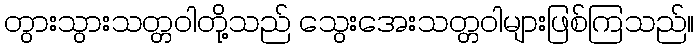
တွားသွားသတ္တဝါတို့သည် သွေးအေးသတ္တဝါများဖြစ်ကြသည်။